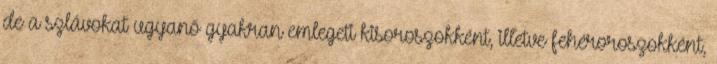
de a szlávokat ugyanő gyakran emlegeti kisoroszokként, illetve fehéroroszokként,